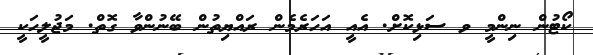
ކޯޓުން ނިންމީ ވ ސަޅިކޮށް. އެއީ އަހަރެމެން ރައްޔިތުން ބޭނުންވާ ގޮތް. މަޖުލީހަކީ